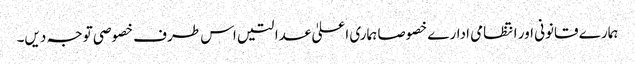
ہمارے قانونی اور انتظامی ادارے خصوصا ہماری اعلیٰ عدالتیں اس طرف خصوصی توجہ دیں۔